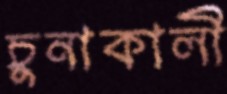
চুনাকালী